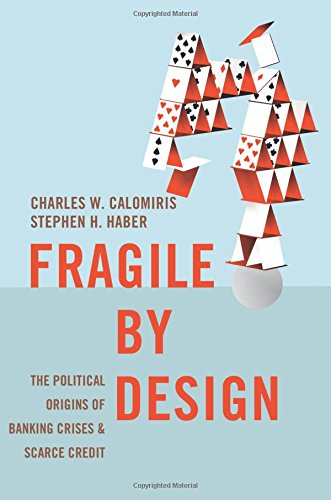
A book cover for Fragile by Design: The Political Origins of Banking Crises and Scarce Credit (The Princeton Economic History of the Western World); Charles W. Calomiris; Business & Money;